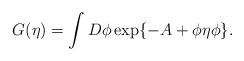
LaTeX: \begin{align*}G(\eta) = \int D\phi \exp \{ -A + \phi\eta\phi \}.\end{align*}